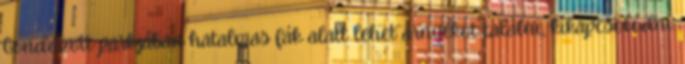
Gondozott parkjában hatalmas fák alatt lehet árnyékot találni, kikapcsolódni.